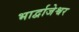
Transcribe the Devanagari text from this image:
भार्द्वाजेश्वर